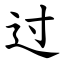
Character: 过